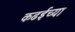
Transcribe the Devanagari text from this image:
कढईच्या